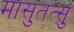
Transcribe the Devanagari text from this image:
मासुतत्सु